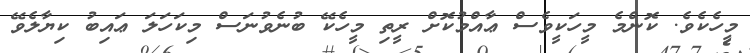
މީހެކެވެ. ކޮންމެ މީހަކީވެސް ޢާއްމުކޮށް ރީތި މީހެކޭ ބުނެވުނަސް މިކަހަލަ ޢައިބު ކިޔާލެވޭ